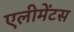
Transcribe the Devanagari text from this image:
एलीमेंटस